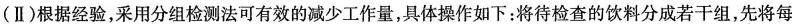
(Ⅱ)根据经验，采用分组检测法可有效的减少工作量，具体操作如下：将待检查的饮料分成若干组，先将每